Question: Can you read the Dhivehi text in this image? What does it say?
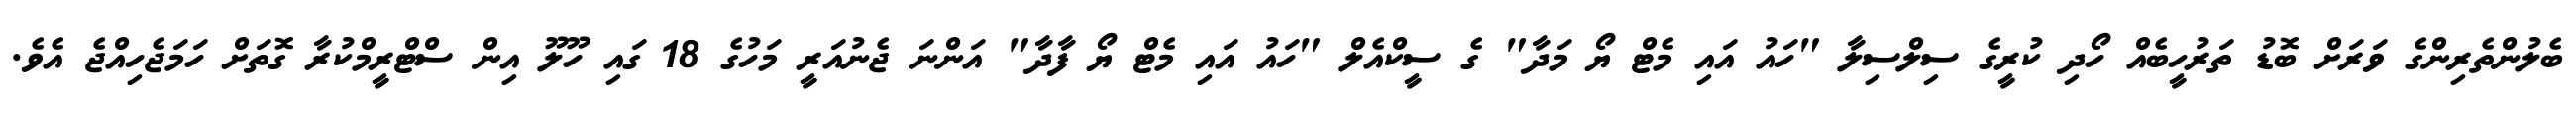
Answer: ބެލުންތެރިންގެ ވަރަށް ބޮޑު ތަރުހީބެއް ހޯދި ކުރީގެ ސިލްސިލާ "ހައު އައި މެޓް ޔޯ މަދާ" ގެ ސީކްއެލް "ހައު އައި މެޓް ޔޯ ފާދާ" އަންނަ ޖެނުއަރީ މަހުގެ 18 ގައި ހޫލޫ އިން ސްޓްރީމްކުރާ ގޮތަށް ހަމަޖެހިއްޖެ އެވެ.